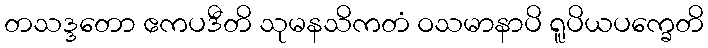
တသဒ္ဒတော ဧကပဒီတိ သုမနသိကတံ ဝသမာနာပိ ရူပိယပက္ခေတိ